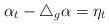
LaTeX: \begin{align*} \alpha_t-\triangle_g\alpha=\eta_t \end{align*}